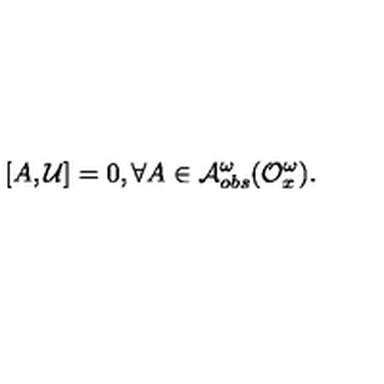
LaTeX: [ A , { \cal U } ] = 0 , \forall A \in { \cal A } _ { o b s } ^ { \omega } ( { \cal O } _ { x } ^ { \omega } ) .